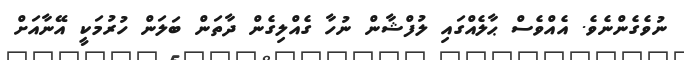
ނުވެގެންނެވެ. އެއްވެސް ޙާލެއްގައި ލުފްޝާން ނުހާ ގެއްލިގެން ދާތަން ބަލަން ހުރުމަކީ އޭނާއަށް